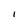
Character: I